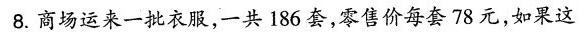
8.商场运来一批衣服，一共186套，零售价每套78元，如果这